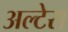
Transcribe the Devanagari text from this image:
अल्टेरा